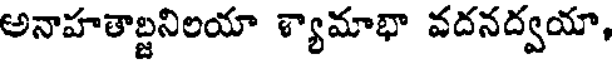
అనాహతాబ్జనిలయా శ్యామాభా వదనద్వయా,